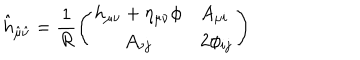
{ \hat { h } } _ { { \hat { \mu } } { \hat { \nu } } } = { \frac { 1 } { R } } \Bigg ( \begin{array} { c l } { { h _ { \mu \nu } + \eta _ { \mu \nu } \phi } } & { { A _ { \mu i } } } \\ { { A _ { \nu j } } } & { { 2 \phi _ { i j } } } \\ \end{array} \Bigg )